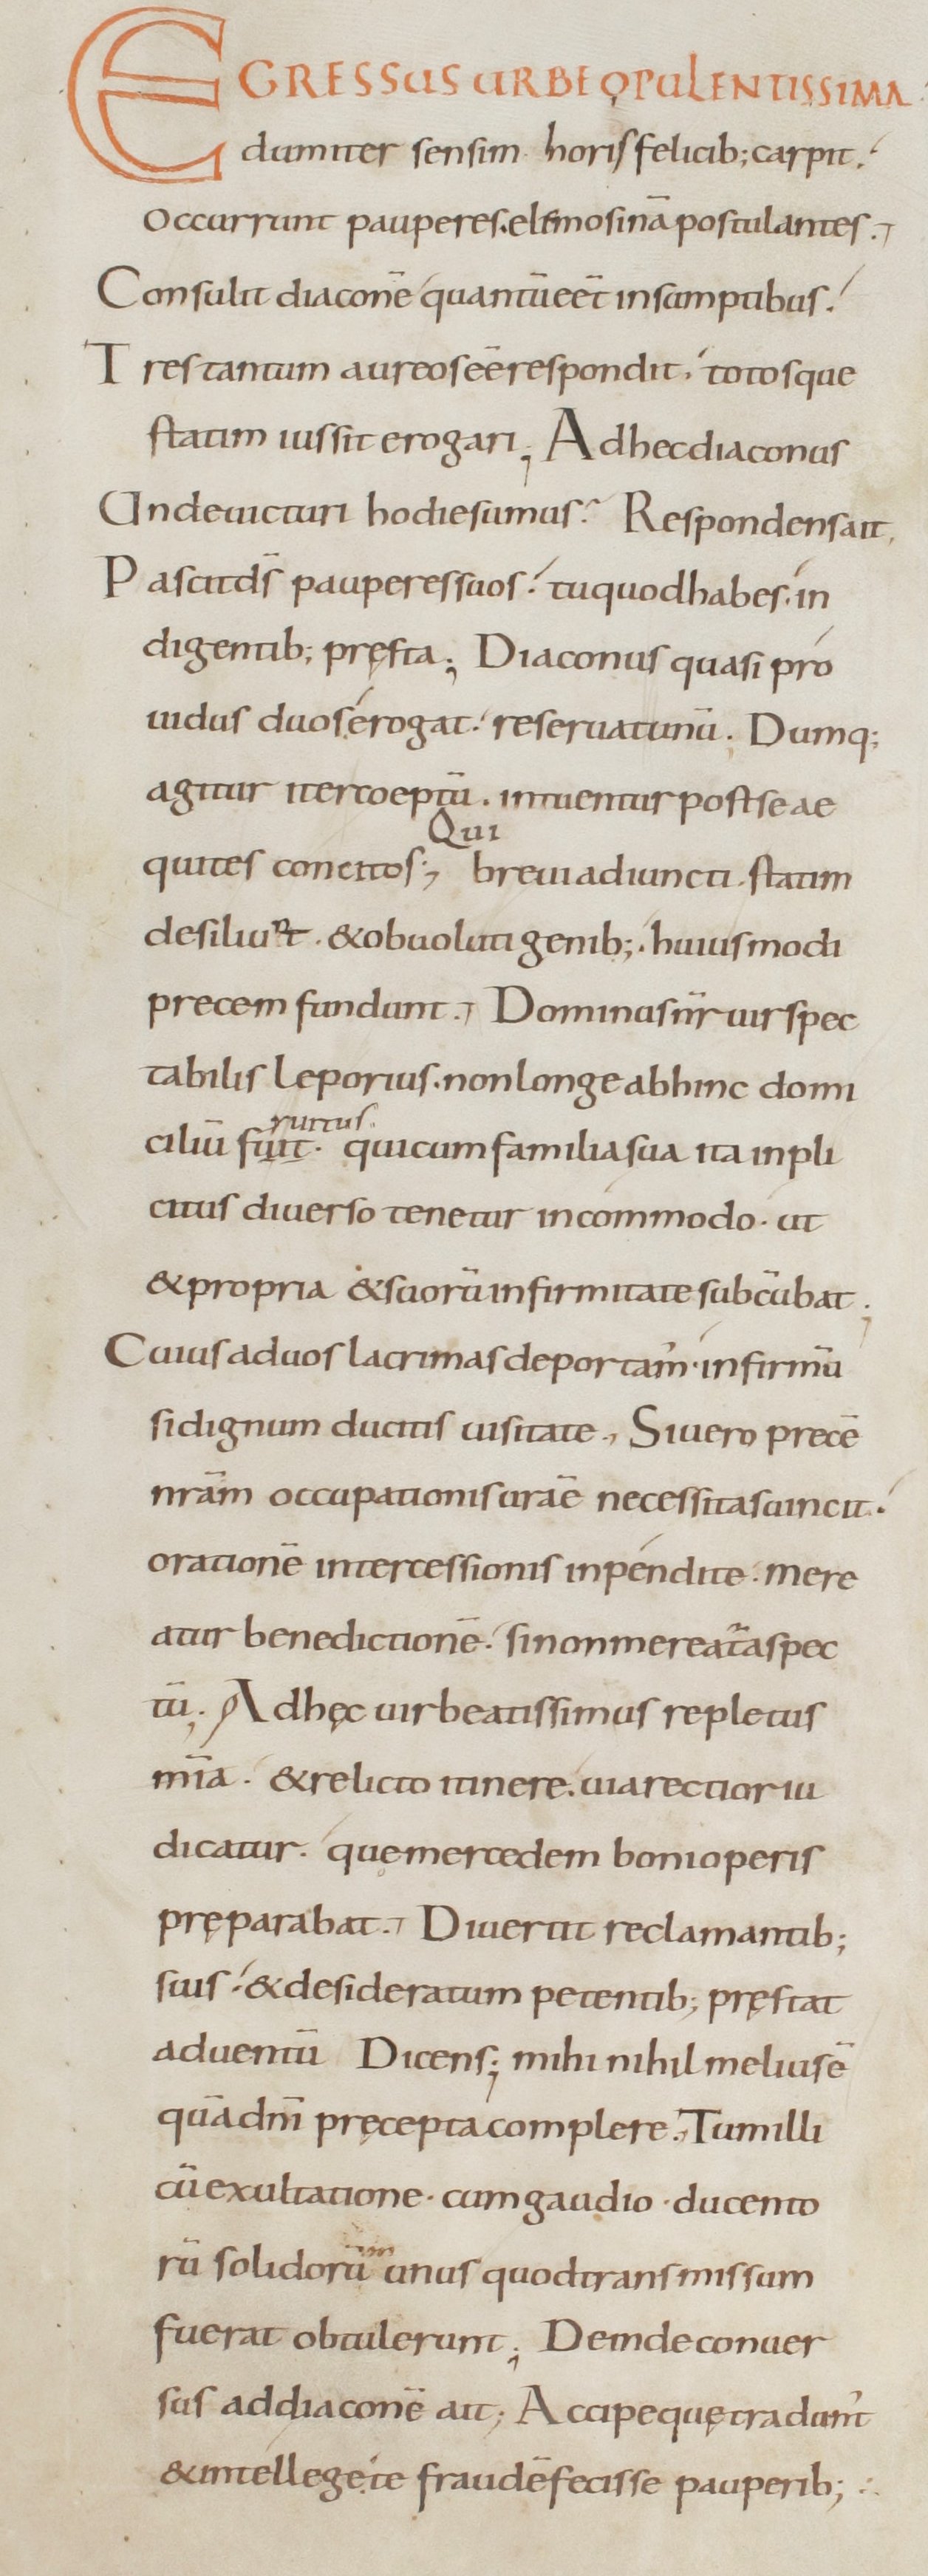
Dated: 800–899